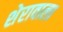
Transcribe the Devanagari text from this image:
शेरावाला